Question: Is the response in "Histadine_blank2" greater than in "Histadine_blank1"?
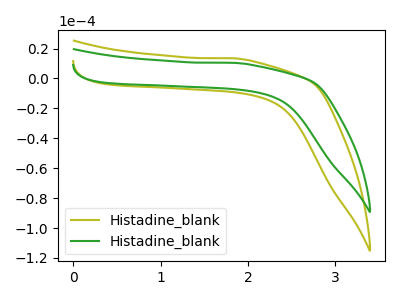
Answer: <think>The olive curve "Histadine_blank1" has no peaks. The green curve "Histadine_blank2" has no peaks.
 Neither "Histadine_blank2" or "Histadine_blank1" have any peaks.</think>
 <answer>I cant tell if "Histadine_blank2" or "Histadine_blank1" has more signal.</answer>
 <eval>mixed_signal</eval>